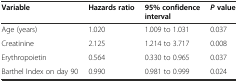
| Variable | Hazards ratio | 95% confidence interval | Pvalue |
 | --- | --- | --- | --- |
 | Age (years) | 1.020 | 1.009 to 1.031 | 0.037 |
 | Creatinine | 2.125 | 1.214 to 3.717 | 0.008 |
 | Erythropoietin | 0.564 | 0.330 to 0.965 | 0.037 |
 | Barthel Index on day 90 | 0.990 | 0.981 to 0.999 | 0.024 |